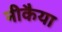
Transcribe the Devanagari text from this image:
नीकैया